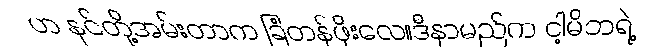
ဟ နင်တို့အမ်းတာက ခြံတန်ဖိုးလေ။ဒီနာမည်က ငါ့မိဘရဲ့